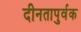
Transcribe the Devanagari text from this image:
दीनतापुर्वक